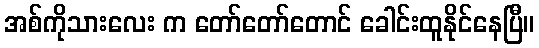
အစ်ကိုသားလေး က တော်တော်တောင် ခေါင်းထူနိုင်နေပြီ။